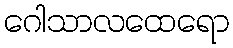
ဂေါသာလထေရော